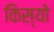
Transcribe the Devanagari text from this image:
किस्यो